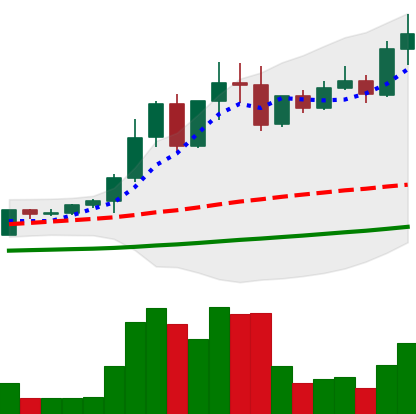
Ticker: EOS-USD
Chart end date: 2021-04-14
Forward return: -13.743%
Label: down_7plus